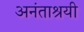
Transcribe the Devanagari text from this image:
अनंताश्रयी